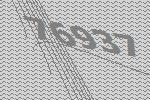
76937